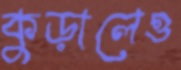
কুড়ালেও